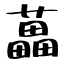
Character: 藟